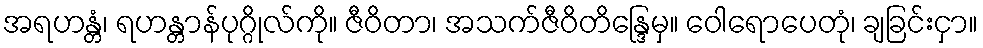
အရဟန္တံ၊ ရဟန္တာန်ပုဂ္ဂိုလ်ကို။ ဇီဝိတာ၊ အသက်ဇီဝိတိန္ဒြေမှ။ ဝေါရောပေတုံ၊ ချခြင်းငှာ။